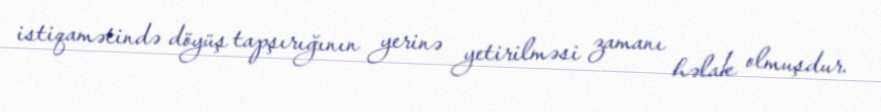
istiqamətində döyüş tapşırığının yerinə yetirilməsi zamanı həlak olmuşdur.